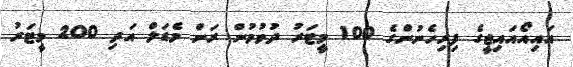
އައިއޯއައިޖީގެ ފިރިހެނުންގެ 100 މީޓަރު ދުވުމުން ރަން މެޑަލް އަދި 200 މީޓަރު